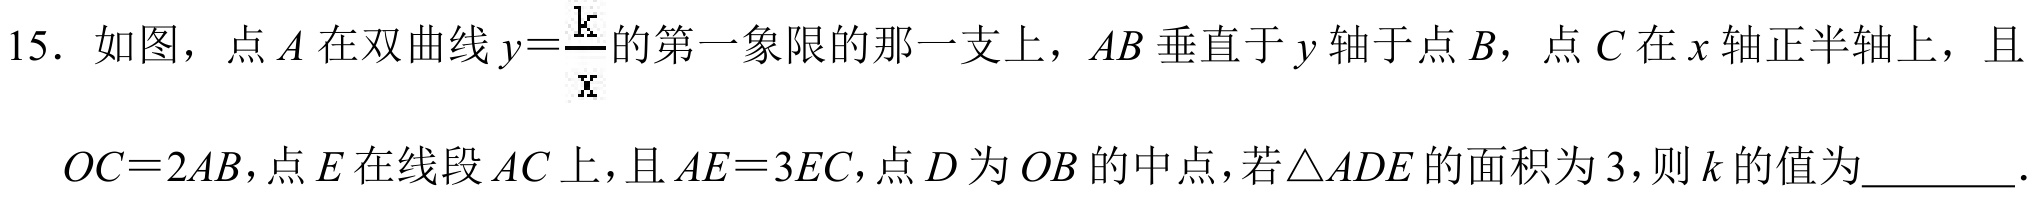
15. 如图，点 \(A\) 在双曲线 \(y = \frac{k}{x}\)的第一象限的那一支上，\(AB\) 垂直于 \(y\) 轴于点 \(B\)，点 \(C\) 在 \(x\) 轴正半轴上，且 \(OC = 2AB\)，点 \(E\) 在线段 \(AC\) 上，且 \(AE = 3EC\)，点 \(D\) 为 \(OB\) 的中点，若\(\triangle ADE\) 的面积为 \(3\)，则 \(k\) 的值为________．